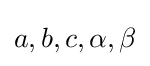
a,b,c,\alpha ,\beta